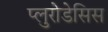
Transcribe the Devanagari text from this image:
प्लुरोडेसिस